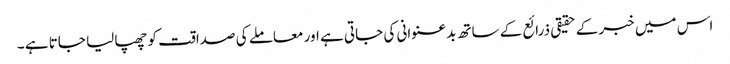
اس میں خبر کے حقیقی ذرائع کے ساتھ بدعنوانی کی جاتی ہے اور معاملے کی صداقت کو چھپا لیا جاتا ہے ۔